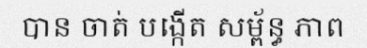
បាន ចាត់ បង្កើត សម្ព័ន្ធ ភាព